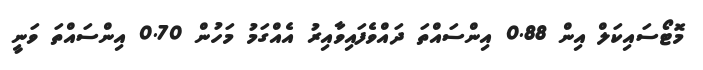
މޮޓޯސައިކަލް އިން 0.88 އިންސައްތަ ދައްވެފައިވާއިރު އެއްގަމު މަހުން 0.70 އިންސައްތަ ވަނީ